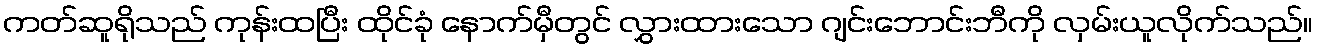
ကတ်ဆူရိုသည် ကုန်းထပြီး ထိုင်ခုံ နောက်မှီတွင် လွှားထားသော ဂျင်းဘောင်းဘီကို လှမ်းယူလိုက်သည်။